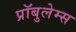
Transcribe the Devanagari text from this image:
प्रॉबुलेम्स